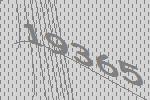
19365